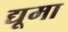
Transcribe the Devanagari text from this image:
द्यूमा